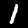
Digit: 1